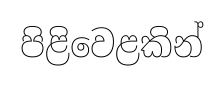
පිළිවෙළකින්